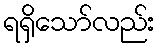
ရရှိသော်လည်း